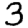
Digit: 3